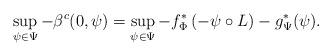
LaTeX: \begin{align*}\sup_{\psi\in\Psi} - \beta^c (0,\psi) =\sup_{\psi\in\Psi} -f^*_\Phi \left(- \psi\circ L \right) -g^{*}_\Psi (\psi).\end{align*}